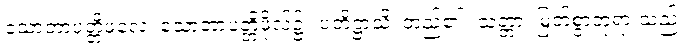
သောတာပတ္တိဖလေ၊ သောတာပတ္တိဖိုလ်၌။ ပတိဋ္ဌာသိ၊ တည်၏။ သတ္တာ၊ မြတ်စွာဘုရားသည်။